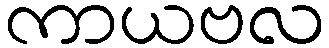
ကာယဗလ